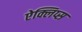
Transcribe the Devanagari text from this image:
ऐक्लिप्स